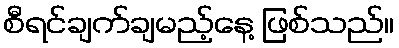
စီရင်ချက်ချမည့်နေ့ ဖြစ်သည်။